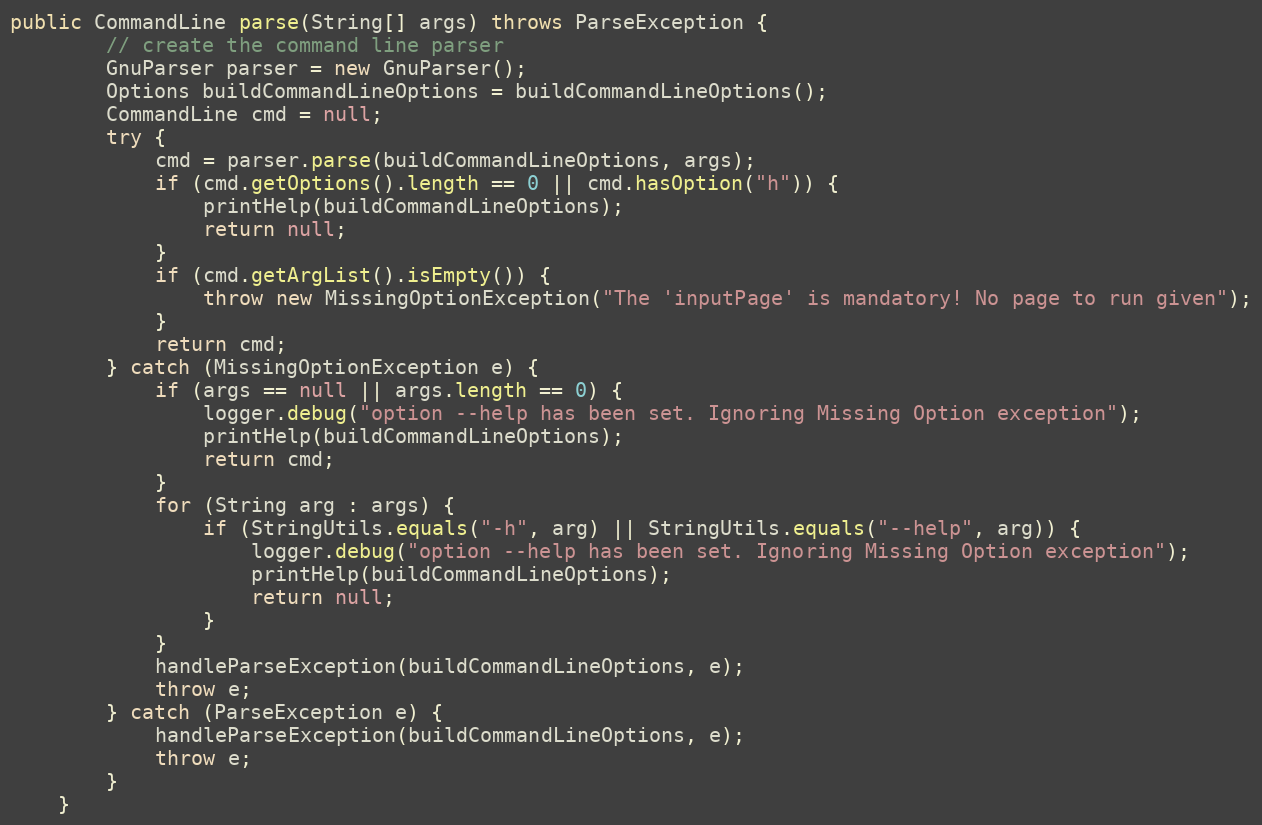
Language: Java
public CommandLine parse(String[] args) throws ParseException {
        // create the command line parser
        GnuParser parser = new GnuParser();
        Options buildCommandLineOptions = buildCommandLineOptions();
        CommandLine cmd = null;
        try {
            cmd = parser.parse(buildCommandLineOptions, args);
            if (cmd.getOptions().length == 0 || cmd.hasOption("h")) {
                printHelp(buildCommandLineOptions);
                return null;
            }
            if (cmd.getArgList().isEmpty()) {
                throw new MissingOptionException("The 'inputPage' is mandatory! No page to run given");
            }
            return cmd;
        } catch (MissingOptionException e) {
            if (args == null || args.length == 0) {
                logger.debug("option --help has been set. Ignoring Missing Option exception");
                printHelp(buildCommandLineOptions);
                return cmd;
            }
            for (String arg : args) {
                if (StringUtils.equals("-h", arg) || StringUtils.equals("--help", arg)) {
                    logger.debug("option --help has been set. Ignoring Missing Option exception");
                    printHelp(buildCommandLineOptions);
                    return null;
                }
            }
            handleParseException(buildCommandLineOptions, e);
            throw e;
        } catch (ParseException e) {
            handleParseException(buildCommandLineOptions, e);
            throw e;
        }
    }